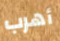
أهرب